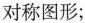
对称图形；